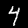
Label: 4